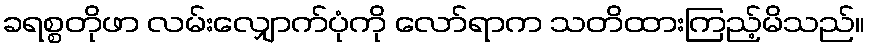
ခရစ္စတိုဖာ လမ်းလျှောက်ပုံကို လော်ရာက သတိထားကြည့်မိသည်။